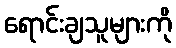
ရောင်းချသူများကို